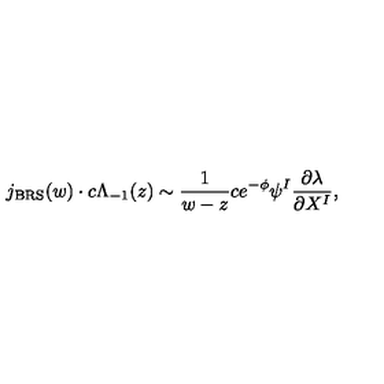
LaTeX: j _ { \mathrm { B R S } } ( w ) \cdot c \Lambda _ { - 1 } ( z ) \sim \frac { 1 } { w - z } c e ^ { - \phi } \psi ^ { I } \frac { \partial \lambda } { \partial X ^ { I } } ,